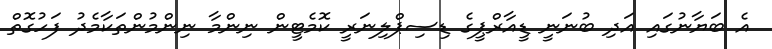
އެ ބަޔާނުގައި އަދި ބުނަނީ ޑީއާރްޕީގެ ޑިސިޕްލިނަރީ ކޮމެޓީން ނިންމާ ނިންމުންތަކާމެދު ފަހުގޮތް